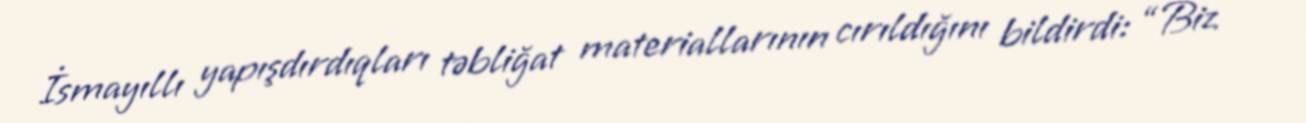
İsmayıllı yapışdırdıqları təbliğat materiallarının cırıldığını bildirdi: “Biz